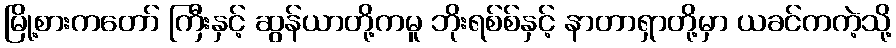
မြို့စားကတော် ကြီးနှင့် ဆွန်ယာတို့ကမူ ဘိုးရစ်စ်နှင့် နာတာရှာတို့မှာ ယခင်ကကဲ့သို့